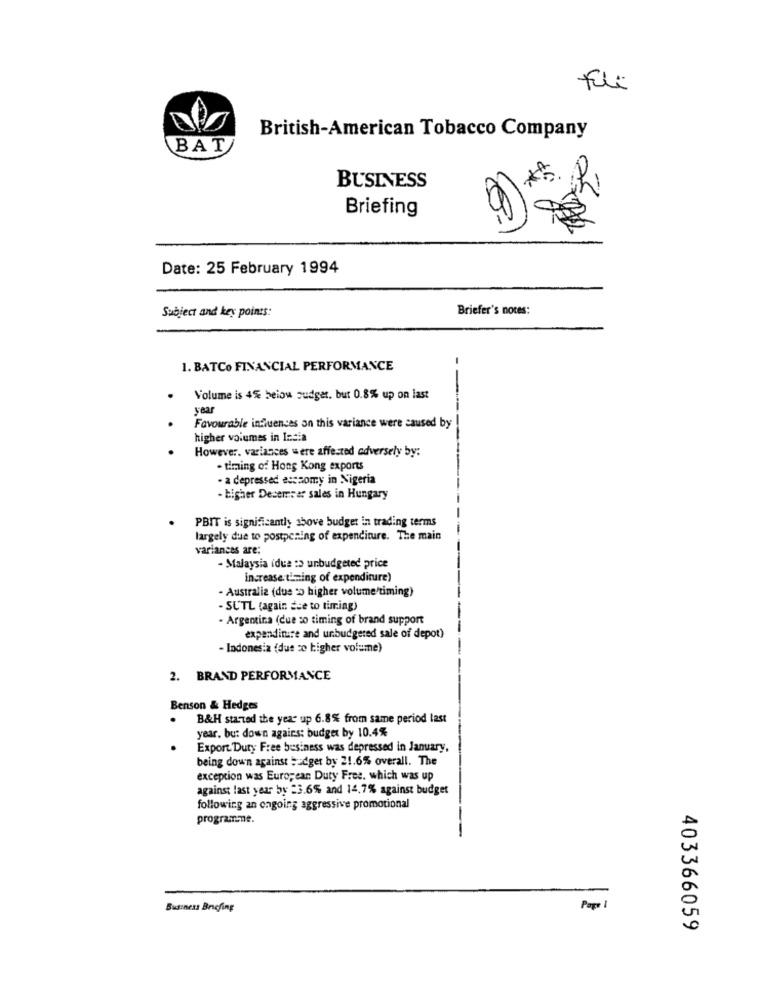
fili
British-American Tobacco Company
BAT
BUSINESS
Briefing
Date: 25 February 1994
Briefer's notes:
Subject and key points:
1. BATCO FINANCIAL PERFORMANCE
Volume is 4% beiow Judger. but 0.8% up on last
year
Favourable influences on this variance were caused by
higher volumes in India
However, variances were affected adversely by:
. timing of Hong Kong exports
- a depressed escaomy in Nigeria
- higher Desernear sales in Hungary
PBIT is significantly shove budget in trading terms
largely due to postpening of expenditure. The main
variances are;
- Malaysia idue :> unbudgeted price
increase:timing of expenditure)
- Australia (due % higher volume'timing)
- SUTL (again due to timing)
- Argentina (due so timing of brand support
expenditure and unbudgeted sale of depot)
- Indonesia (due to higher volume)
2. BRAND PERFORMANCE
Benson & Hedges
B&H started the year up 6.8% from same period last
year. bu: down agains: budget by 10.4%
Export. Duty Free business was depressed in January,
being down against budget by 21.6% overall. The
exception was European Duty Free. which was up
against last year by =3.6% and 14,7% against budget
following an ongoing aggressive promotional
programme.
Business Briefing
Pop 1
403366059